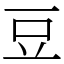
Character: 豆